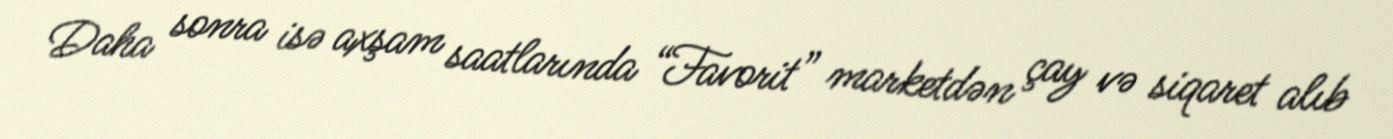
Daha sonra isə axşam saatlarında “Favorit” marketdən çay və siqaret alıb